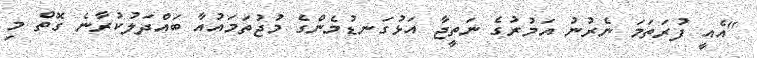
"އެއީ ފުރަތަމަ ނެރުނު އަމުރުގެ ނަތީޖާ އަޅުގަނޑުމެންގެ މުޖުތަމައުއާ ބައްދަލުކުރާނެ ގޮތް މި